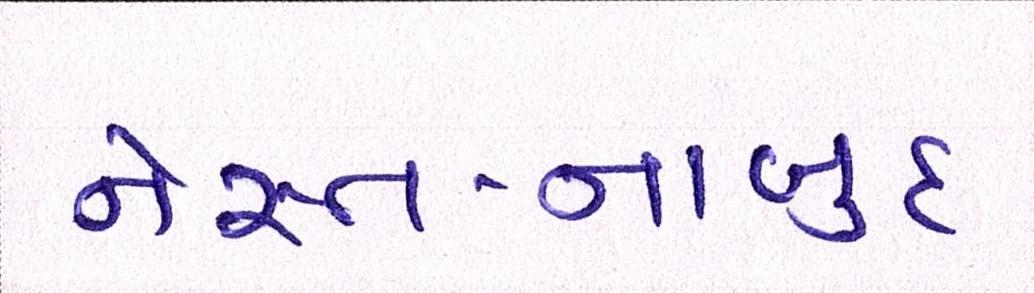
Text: નેસ્ત-નાબુદ